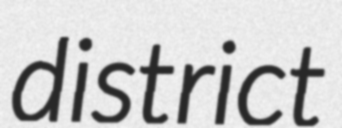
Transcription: district